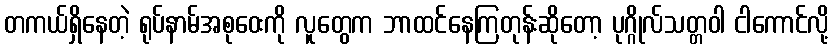
တကယ်ရှိနေတဲ့ ရုပ်နာမ်အစုဝေးကို လူတွေက ဘာထင်နေကြတုန်းဆိုတော့ ပုဂ္ဂိုလ်သတ္တဝါ ငါကောင်လို့